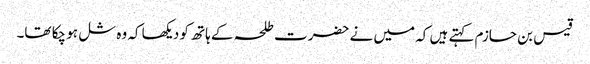
قیس بن حازم کہتے ہیں کہ میں نے حضرت طلحہ کے ہاتھ کو دیکھا کہ وہ شل ہو چکا تھا۔